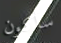
سأكون